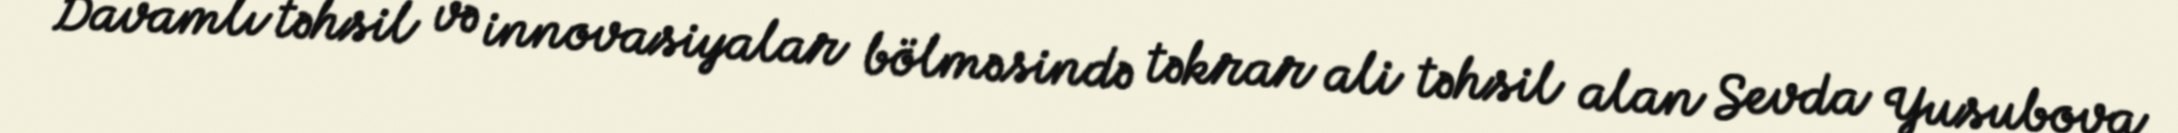
Davamlı təhsil və innovasiyalar bölməsində təkrar ali təhsil alan Sevda Yusubova